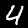
Digit: 4